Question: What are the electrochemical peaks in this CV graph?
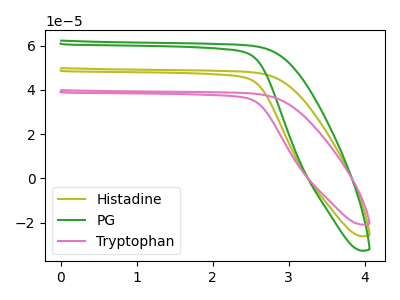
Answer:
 <answer>The olive curve "Histadine" has no peaks. The green curve "PG" has no peaks. The pink curve "Tryptophan" has no peaks.</answer>
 <eval></eval>